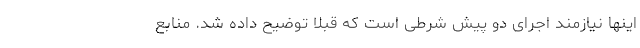
اینها نیازمند اجرای دو پیش شرطی است که قبلا توضیح داده شد. منابع